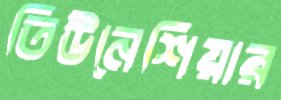
তিউনেশিয়ার